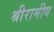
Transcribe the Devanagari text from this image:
श्रीरामीय